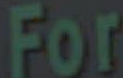
For